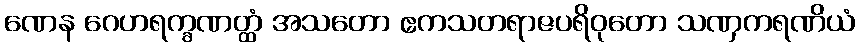
ဏေန ဂေဟရက္ခဏတ္ထံ အသတော ဧကသတရာဇပရိဝုတော သဏှကရဏိယံ